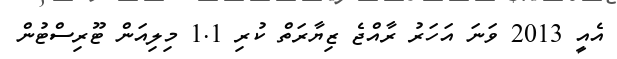
އެއީ 2013 ވަނަ އަހަރު ރާއްޖެ ޒިޔާރަތް ކުރި 1.1 މިލިއަން ޓޫރިސްޓުން